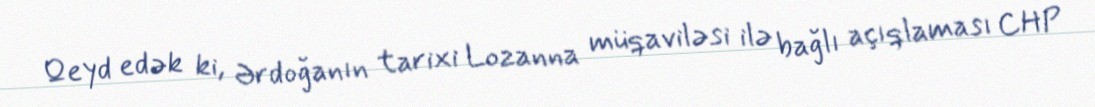
Qeyd edək ki, Ərdoğanın tarixi Lozanna müqaviləsi ilə bağlı açıqlaması CHP